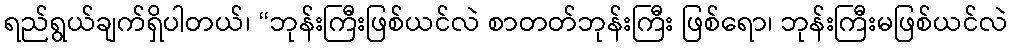
ရည်ရွယ်ချက်ရှိပါတယ်၊ “ဘုန်းကြီးဖြစ်ယင်လဲ စာတတ်ဘုန်းကြီး ဖြစ်ရော၊ ဘုန်းကြီးမဖြစ်ယင်လဲ